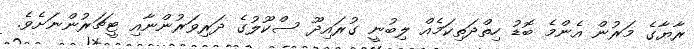
ރާޔާގެ މަރުން އެންމެ ބޮޑު ހިތްދަތިކަމެއް ލިބުނީ ގުރައިދޫ ސްކޫލުގެ ދަރިވަރުންނާއި ޓީޗަރުންނަށެވެ.